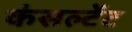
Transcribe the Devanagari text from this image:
कंसल्‍टेंट